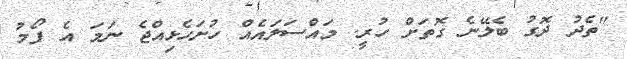
"ތެދު ދޮގު ބެލޭނެ ގޮތަށް ހުރީ. މައްސަލައެއް ހުށަހެޅިއްޖެ ނަމަ އެ ފޯމު